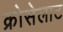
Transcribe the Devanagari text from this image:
क्रोसेलाट